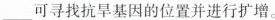
___可寻找抗旱基因的位置并进行扩增。